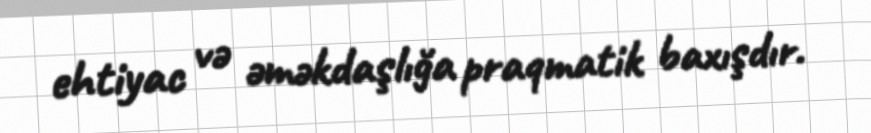
ehtiyac və əməkdaşlığa praqmatik baxışdır.